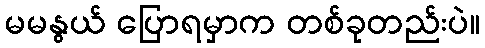
မမနွယ် ပြောရမှာက တစ်ခုတည်းပဲ။